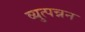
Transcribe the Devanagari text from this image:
व्युत्पन्नन